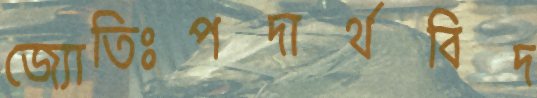
জ্যোতিঃপদার্থবিদ